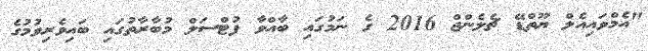
"އެމްވައިއެލް ޔޫތްޑޭ ޗެލެންޖް 2016 ގެ ނަމުގައި ބާއްވާ ފުޓްސަލް މުބާރާތުގައި ބައިވެރިވުމުގެ